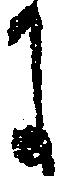
に